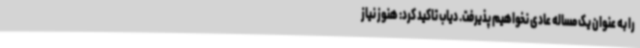
را به عنوان یک مساله عادی نخواهیم پذیرفت. دیاب تاکید کرد: هنوز نیاز